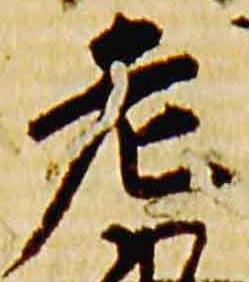
老